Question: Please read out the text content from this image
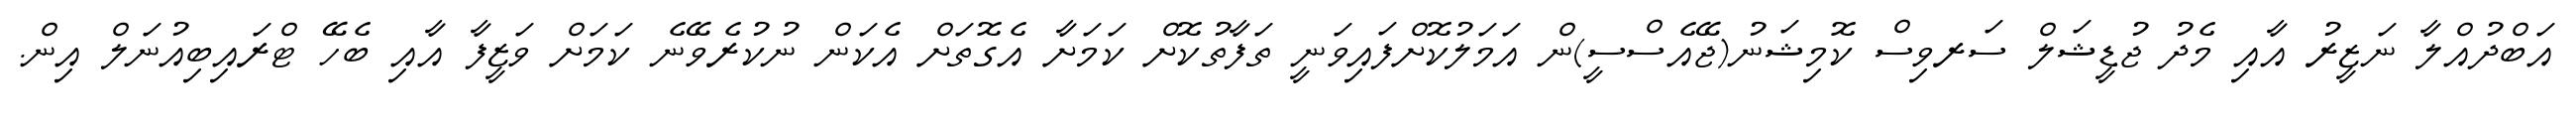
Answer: އަބްދުއްލާ ނަޒީރު އާއި މެދު ޖުޑީޝަލް ސަރވިސް ކޮމިޝަނު(ޖޭއެސްސީ)ން އަމަލުކޮށްފައިވަނީ ތަފާތުކޮށް ކަމަށާ އެގޮތަށް އެކަން ނުކުރެވޭނެ ކަމަށް ވަޒީފާ އާއި ބެހޭ ޓްރައިބިއުނަލް އިން.